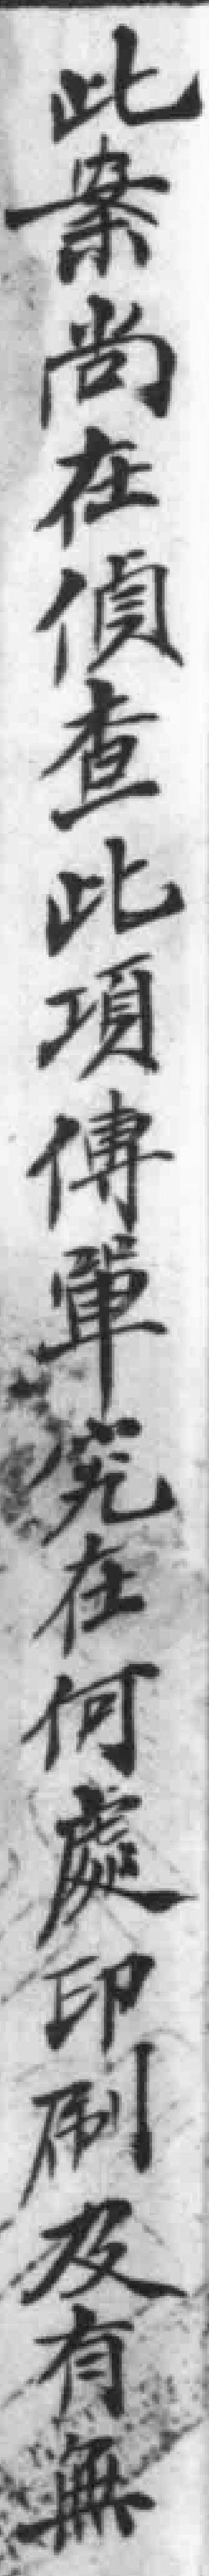
此案尚在偵查此項傳單究在何處印刷及有無